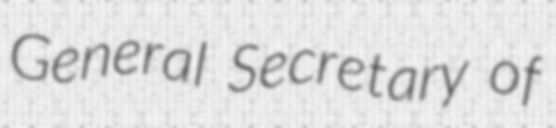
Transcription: General Secretary of